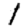
Digit: 1